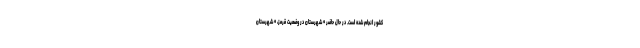
کشور انجام شده است. در حال حاضر ۰ شهرستان در وضعیت قرمز، ۰ شهرستان